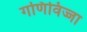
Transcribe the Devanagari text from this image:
गणिविज्जा